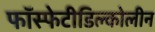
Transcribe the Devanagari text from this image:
फॉस्फेटीडिल्कोलीन